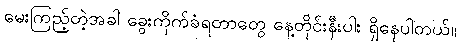
မေးကြည့်တဲ့အခါ ခွေးကိုက်ခံရတာတွေ နေ့တိုင်းနီးပါး ရှိနေပါတယ်။